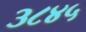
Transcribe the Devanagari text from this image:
३८४५